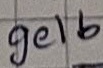
Text: gelb